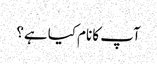
آپ کا نام کیا ہے؟